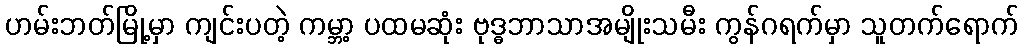
ဟမ်းဘတ်မြို့မှာ ကျင်းပတဲ့ ကမ္ဘာ့ ပထမဆုံး ဗုဒ္ဓဘာသာအမျိုးသမီး ကွန်ဂရက်မှာ သူတက်ရောက်